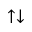
\uparrow \downarrow